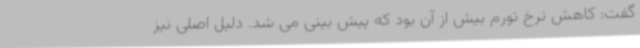
گفت: کاهش نرخ تورم بیش از آن بود که پیش بینی می شد. دلیل اصلی نیز